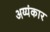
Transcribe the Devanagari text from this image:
अय्यंकार